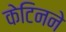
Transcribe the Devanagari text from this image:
केटिनने